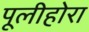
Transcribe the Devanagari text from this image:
पूलीहोरा